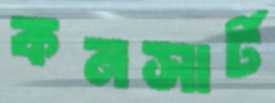
কনসার্ট